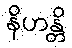
နိဟန္တိ